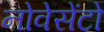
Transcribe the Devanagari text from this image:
नोवेसेंटो